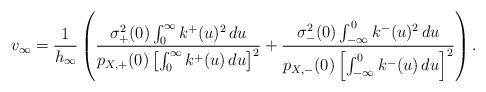
LaTeX: \begin{align*}&v_\infty=\frac{1}{h_\infty}\left(\frac{\sigma^2_+(0)\int_{0}^\infty k^+(u)^2\, du} {p_{X,+}(0)\left[\int_0^\infty k^+(u)\, du\right]^2} +\frac{\sigma^2_-(0)\int_{-\infty}^0 k^-(u)^2\, du} {p_{X,-}(0)\left[\int_{-\infty}^0 k^-(u)\, du\right]^2}\right).\end{align*}